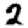
Digit: 2